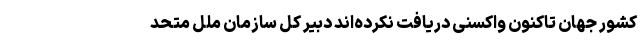
کشور جهان تاکنون واکسنی دریافت نکرده‌اند دبیر کل سازمان ملل متحد